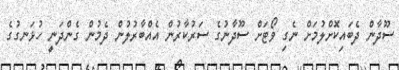
ސޫދާން ދެބައިކޮށްލުމަށް ނެގި ވޯޓަށް ސޫދާނުގެ ސަރުކާރުން އެއްބާރުލުން ދެމުން ގެންދަނީ ހުޅަނގުގެ